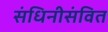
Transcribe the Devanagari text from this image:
संधिनीसंवित